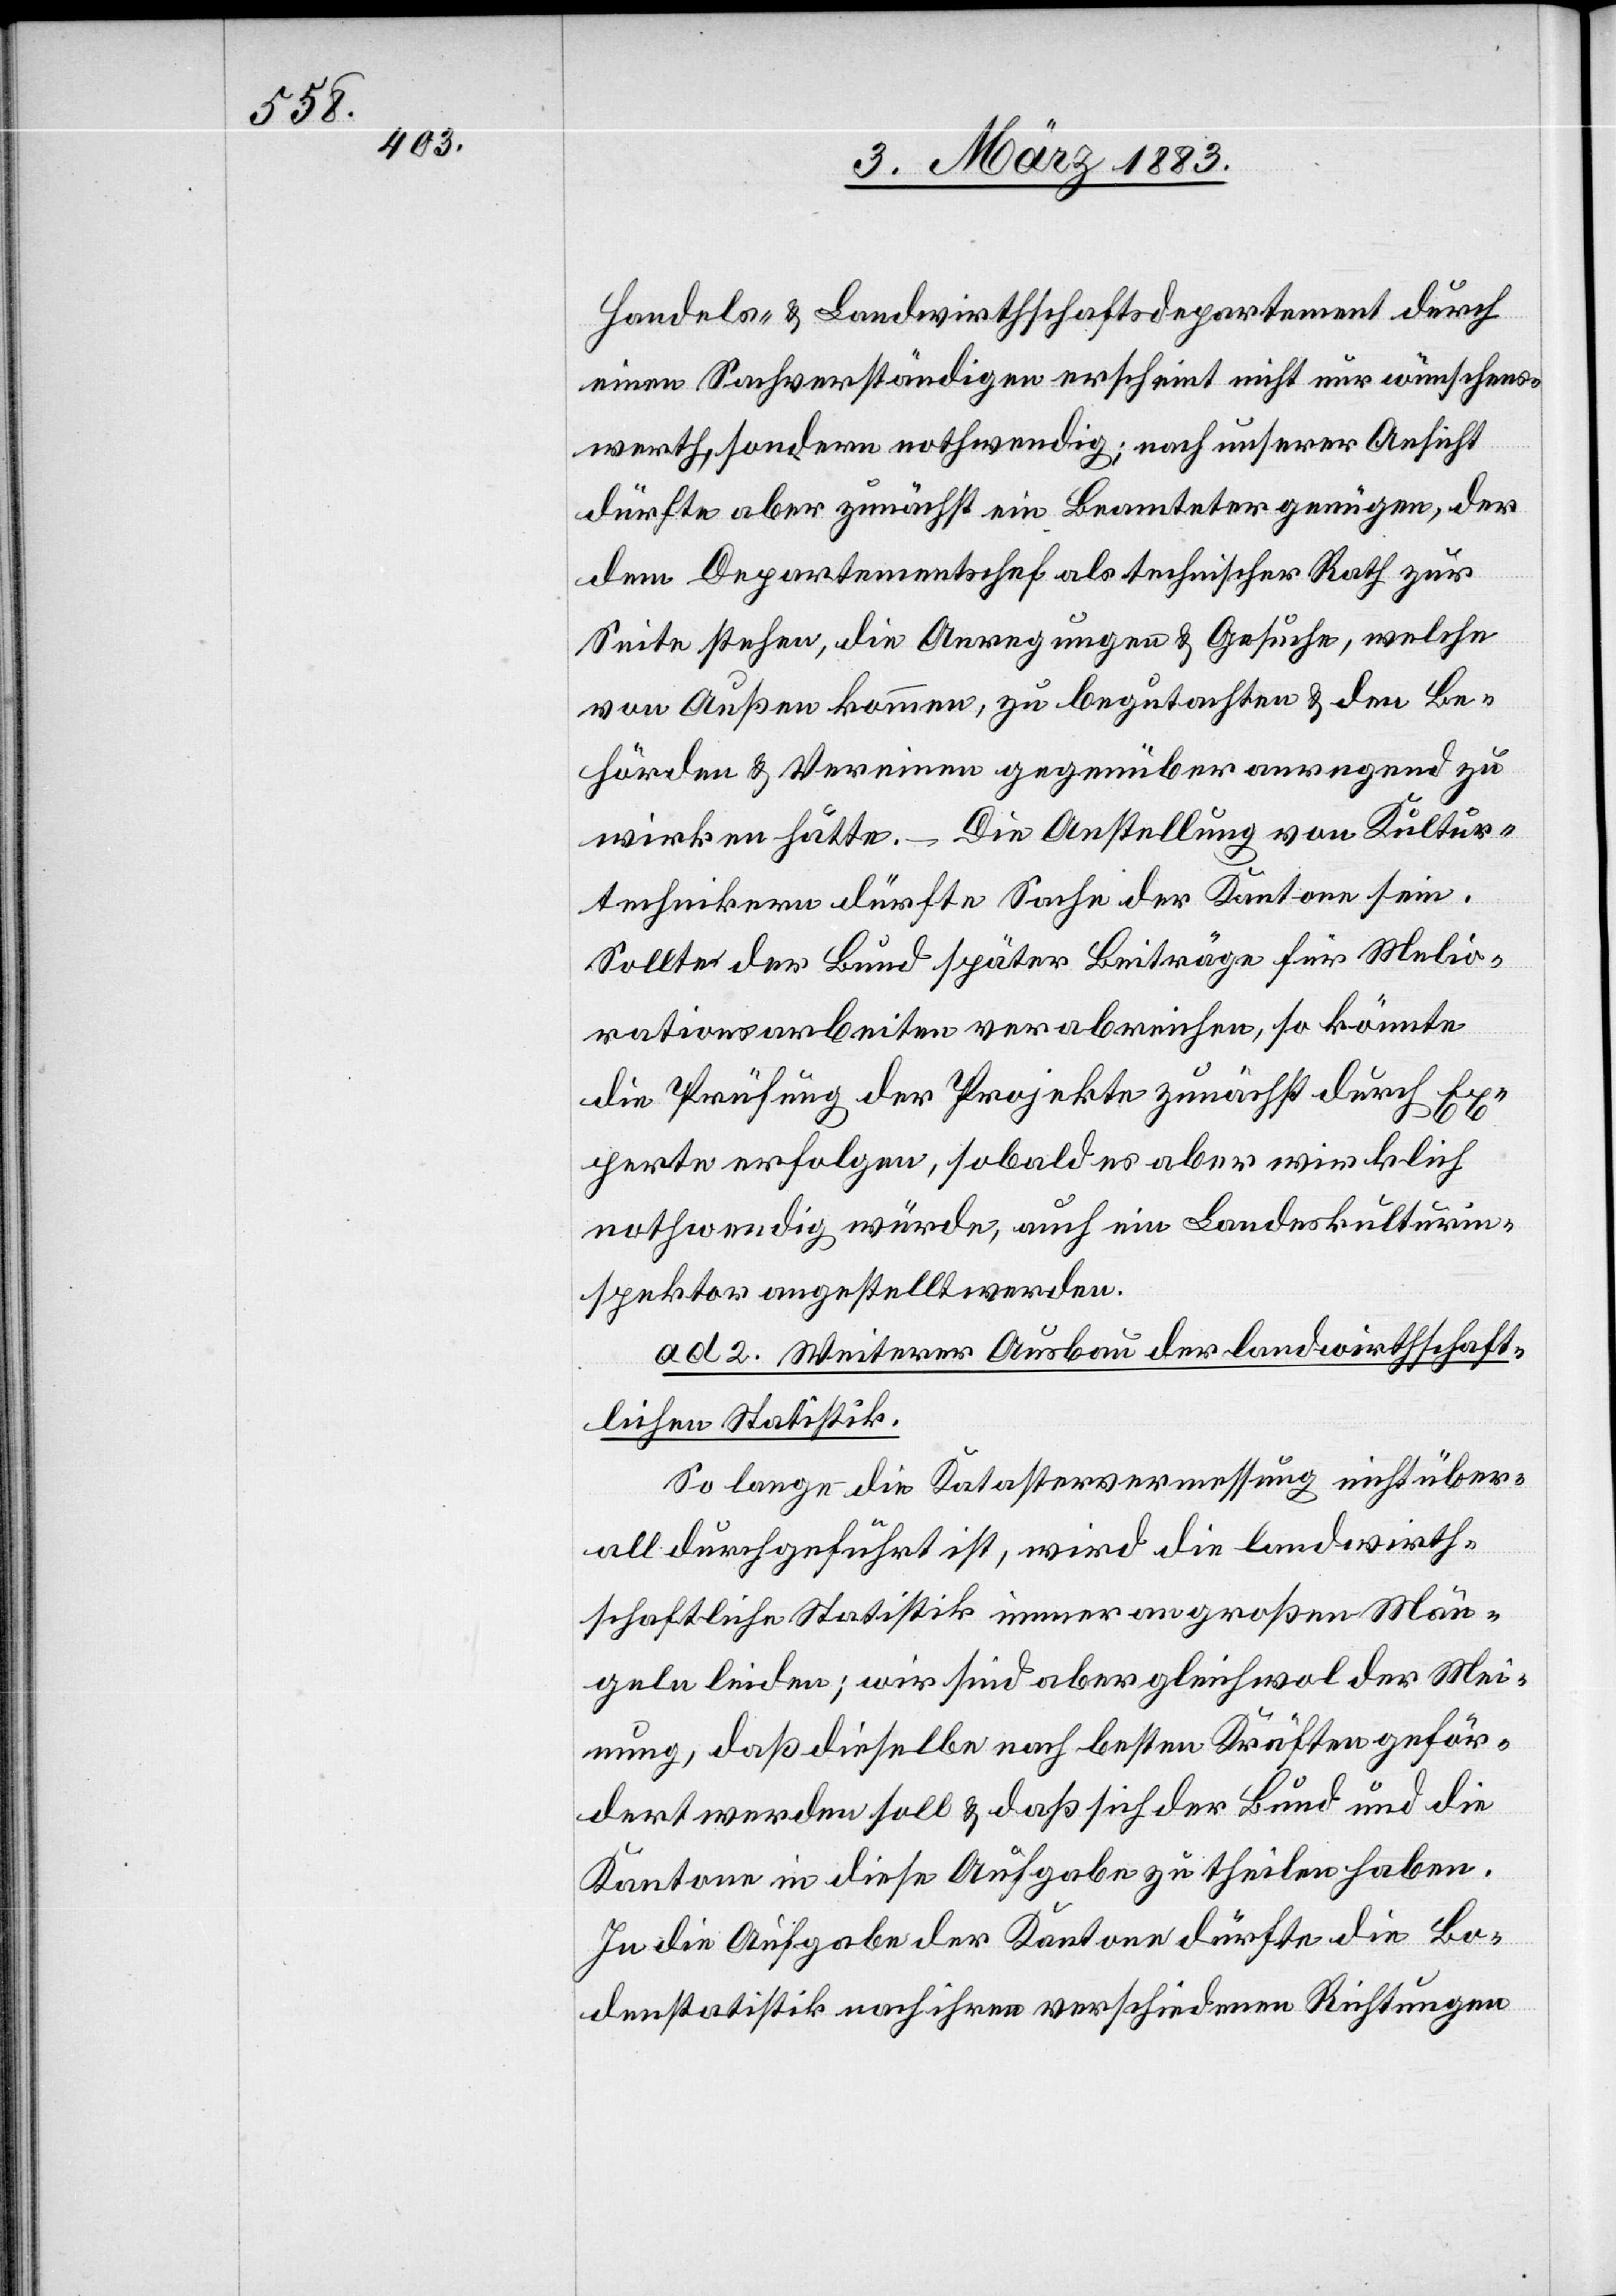
Handels- & Landwirthschaftsdepartement durch
einen Sachverständigen erscheint nicht nur wünschens¬
werth, sondern nothwendig; nach unserer Ansicht
dürfte aber zunächst ein Beamteter genügen, der
dem Departementschef als technischer Rath zur
Seite stehen, die Anregungen & Gesuche, welche
von Außen kommen, zu begutachten & den Be¬
hörden & Vereinen gegenüber anregend zu
wirken hätte. – Die Anstellung von Kultur¬
technikern dürfte Sache der Kantone sein.
Sollte der Bund später Beiträge für Melio¬
rationsarbeiten verabreichen, so könnte
die Prüfung der Projekte zunächst durch Experte
nothwendig würde, auch ein Landeskulturin¬
spektor angestellt werden.
ad 2. Weiterer Ausbau der landwirthschaft¬
lichen Statistik.
So lange die Katastervermessung nicht über¬
all durchgeführt ist, wird die landwirth¬
schaftliche Statistik immer an großen Män¬
geln leiden; wir sind aber gleichwol der Mei¬
nung, daß dieselbe nach besten Kräften geför¬
dert werden soll & daß sich der Bund und die
Kantone in diese Aufgabe zu theilen haben.
In die Aufgabe der Kantone dürfte die Bo¬
denstatistik nach ihren verschiedenen Richtungen